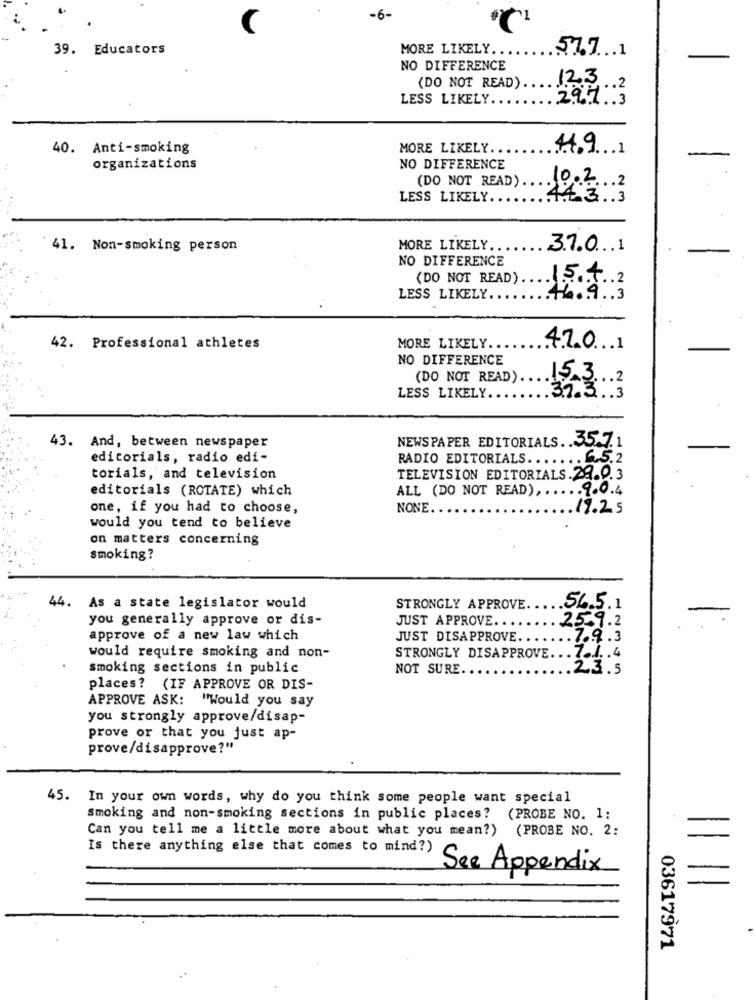
-6-
C
39. Educators
MORE LIKELY ..
57.7 ... 1
NO DIFFERENCE
(DO NOT READ).
123
.. 2
LESS LIKELY ....
2.9.7. 3
40. Anti-smoking
MORE LIKELY ..
44.9 1
organizations
NO DIFFERENCE
(DO NOT READ) .... 0.2 ... 2
LESS LIKELY.
44.3.3
41. Non-smoking person
MORE LIKELY ...
37.01
NO DIFFERENCE
(DO NOT READ) ..
.. 15.4.2
LESS LIKELY ..
.+4.9 .. 3
42. Professional athletes
MORE LIKELY.
4.7.0 . 1
NO DIFFERENCE
(DO NOT READ) ..
15.3 ... 2
LESS LIKELY.
37.3.3
NEWSPAPER EDITORIALS .. 35.7.1
43. And, between newspaper
editorials, radio edi-
RADIO EDITORIALS.
....
.6.5.2
torials, and television
TELEVISION EDITORIALS.29.0.3
editorials (ROTATE) which
ALL (DO NOT READ)
... 9.0.4
one, if you had to choose,
NONE
19.25
would you tend to believe
on matters concerning
smoking?
44.
.5L.5.1
As a state legislator would
STRONGLY APPROVE .....
you generally approve or dis-
JUST APPROVE. .
25.9.2
approve of a new law which
JUST DISAPPROVE.
.7.9.3
would require smoking and non-
STRONGLY DISAPPROVE ... 7 .. /. . 4
smoking sections in public
NOT SURE.
.23.5
places? (IF APPROVE OR DIS-
APPROVE ASK: "Would you say
you strongly approve/disap-
prove or that you just ap-
prove/disapprove?"
45. In your own words, why do you think some people want special
smoking and non-smoking sections in public places? (PROBE NO. 1:
Can you tell me a little more about what you mean?) (PROBE NO. 2:
Is there anything else that comes to mind?)
See Appendix
=
03617971